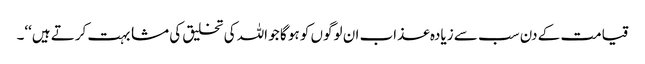
قیامت کے دن سب سے زیادہ عذاب ان لوگوں کو ہو گا جو اللہ کی تخلیق کی مشابہت کرتے ہیں‘‘۔